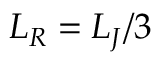
L _ { R } = L _ { J } / 3